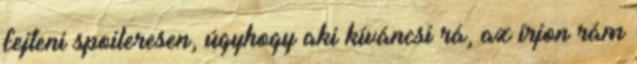
fejteni spoileresen, úgyhogy aki kíváncsi rá, az írjon rám